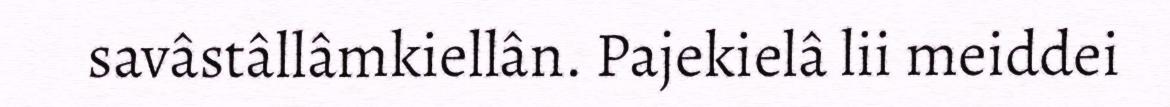
savâstâllâmkiellân. Pajekielâ lii meiddei